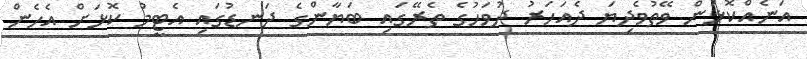
އަނެއްކޮޅުން ވޭތުވެދިޔަ ދެއަހަރު ދުވަހުގެ ތެރޭގައި ބަޔާންގެ ދަނޑުގައި އެޓީމު ކޮޅަށް އެހެން